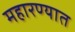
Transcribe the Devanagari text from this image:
महारण्यात